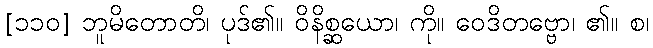
[၁၁၀] ဘူမိတောတိ၊ ပုဒ်၏။ ဝိနိစ္ဆယော၊ ကို။ ဝေဒိတဗ္ဗော၊ ၏။ စ၊